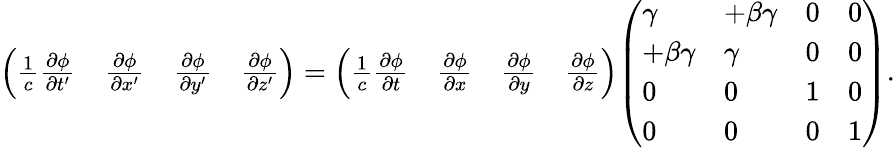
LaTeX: {\left(\begin{array}{llll}{{\frac{1}{c}}{\frac{\partial\phi}{\partial t^{\prime}}}}&{{\frac{\partial\phi}{\partial x^{\prime}}}}&{{\frac{\partial\phi}{\partial y^{\prime}}}}&{{\frac{\partial\phi}{\partial z^{\prime}}}}\end{array}\right)}={\left(\begin{array}{llll}{{\frac{1}{c}}{\frac{\partial\phi}{\partial t}}}&{{\frac{\partial\phi}{\partial x}}}&{{\frac{\partial\phi}{\partial y}}}&{{\frac{\partial\phi}{\partial z}}}\end{array}\right)}{\left(\begin{array}{llll}{\gamma}&{+\beta\gamma}&{0}&{0}\\ {+\beta\gamma}&{\gamma}&{0}&{0}\\ {0}&{0}&{1}&{0}\\ {0}&{0}&{0}&{1}\end{array}\right)}.